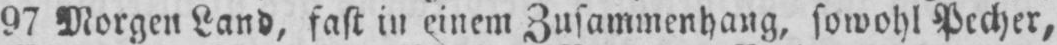
97 Morgen Land, fast in einem Zusammenhang, sowohl Pecher,